Report on sanitation, dispensaries, and jails in Rajputana for 1920, and on vaccination for the year 1920-1921 - 1920-1921
Year: 1920
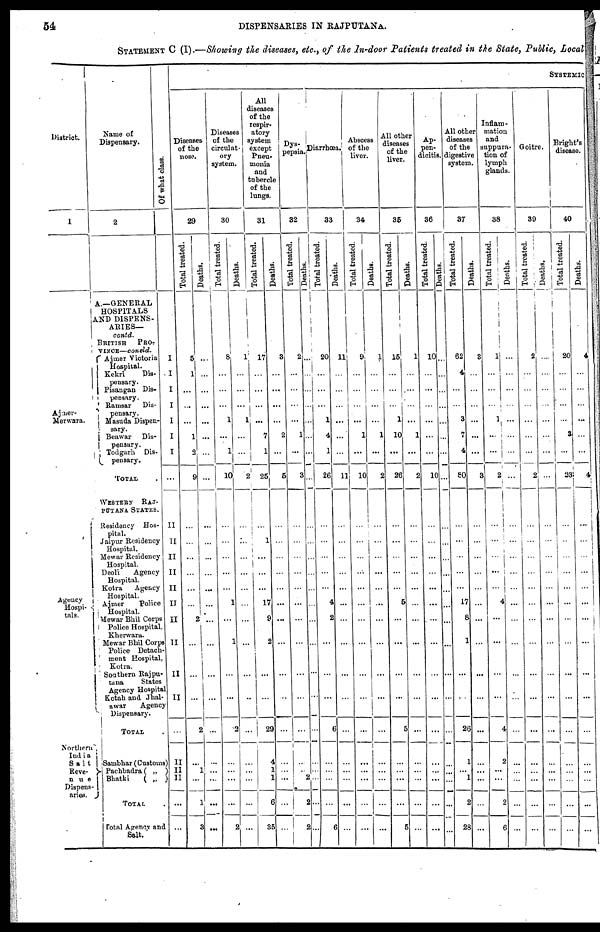
54
DISPENSARIES IN RAJPUTANA.
STATEMENT C (I).—Showing the diseases, etc., of the In-door Patients treated in the State, Public, Loca
District.
1
Ajmer¬
Merwara.
Agency
Hospi¬
tals.
Northern
India
Salt
Reve¬
nue
Dispens¬
aries.
Name of
Dispensary.
2
A.—GENERAL
HOSPITALS
AND DISPENS-
ARIES—
contd.
BRITISH
PRO¬
VINCE—concld.
Ajmer Victoria
Hospital.
Kekri
Dis¬
pensary.
Pisangan Dis¬
pensary.
Ramsar Dis¬
pensary.
Masuda Dispen¬
sary.
Beawar Dis¬
pensary.
Todgarh Dis¬
pensary.
TOTAL.
WESTERN
RAJ¬
PUTANA STATES.
Residency Hos-
pital.
Jaipur Residency
Hospital.
Mewar Residency
Hospital.
Deoli Agency
Hospital.
Kotra
Agency
Hospital.
Ajmer
Police
Hospital.
Mewar Bhil Corps
Police Hospital.
Kherwara.
Mewar Bhil Corps
Police Detach-
ment Hospital,
Kotra.
Southern Rajpu¬
tana
States
Agency Hospital
Kotah and Jhal¬
awar
Agency
Dispensary.
TOTAL
Sambhar (Customs)
Pachbadra ( „ )
Bhatki
( „ )
TOTAL .
Total Agency and
Salt.
Of what class.
I
I
I
I
I
I
I
...
II
II
II
II
II
II
II
II
II
II
...
II
II
II
...
...
SYSTEMIC
Diseases
of the
nose.
29
Total treated.
5
1
...
...
...
1
2
9
...
...
...
...
...
...
2
...
...
...
2
...
1
...
1
3
Deaths.
...
...
...
...
...
...
...
...
...
...
...
...
...
...
...
...
...
...
...
...
...
...
...
...
Diseases
of the
circulat-
ory
system.
30
Total treated.
8
...
...
...
...
...
1
10
...
...
...
...
...
1
...
1
...
...
2
...
...
...
...
2
Deaths.
1
...
...
...
1
...
...
2
...
...
...
...
...
...
...
...
...
...
...
...
...
...
...
...
All
diseases
of the
respir-
atory
system
except
Pneu-
monia
and
tubercle
of the
lungs.
31
Total treated.
17
...
...
1
...
7
1
25
...
1
...
...
...
17
9
2
...
...
29
4
1
1
6
35
Deaths.
3
...
...
...
...
2
...
5
...
...
...
...
...
...
...
...
...
...
...
...
...
...
...
...
Dys¬
pepsia
32
Total treated.
2
...
...
...
...
1
...
3
...
...
...
...
...
...
...
...
...
...
...
...
...
2
2
2
Deaths.
...
...
...
...
...
...
...
...
...
...
...
...
...
...
...
...
...
...
...
...
...
...
...
...
Diarrhœa
33
Total treated.
20
...
...
...
1
4
1
26
...
...
...
...
...
4
2
...
...
...
6
...
...
...
...
6
Deaths.
11
...
...
...
...
...
...
11
...
...
...
...
...
...
...
...
...
...
...
...
...
...
...
...
Abscess
of the
liver.
34
Total treated.
9
...
...
...
...
1
...
10
...
...
...
...
...
...
...
...
...
...
...
...
...
...
...
...
Deaths.
1
...
...
...
...
1
...
2
...
...
...
...
...
...
...
...
...
...
...
...
...
...
...
...
All other
diseases
of the
liver.
35
Total treated.
15
...
...
...
1
10
...
26
...
...
...
...
...
5
...
...
...
...
5
...
...
...
...
5
Deaths.
1
...
...
...
...
1
...
2
...
...
...
...
...
...
...
...
...
...
...
...
...
...
...
...
Ap¬
pen¬
dicitis.
36
Total treated.
10
...
...
...
...
...
...
10
...
...
...
...
...
...
...
...
...
...
...
...
...
...
...
...
Deaths.
...
...
...
...
...
...
...
...
...
...
...
...
...
...
...
...
...
...
...
...
...
...
...
...
All other
diseases
of the
digestive
system.
37
Total treated.
62
4
...
...
3
7
4
60
...
...
...
...
...
17
8
1
...
...
26
1
...
1
2
28
Deaths.
3
...
...
...
...
...
...
3
...
...
...
...
...
...
...
...
...
...
...
...
...
...
...
...
Inflam-
mation
and
suppura-
tion of
lymph
glands.
38
Total treated.
1
...
...
...
1
...
...
2
...
...
...
...
...
4
...
...
...
...
4
2
...
...
2
6
Deaths.
...
...
...
...
...
...
...
...
...
...
...
...
...
...
...
...
...
...
...
...
...
...
...
...
Goitre.
39
Total treated.
2
...
...
...
...
...
...
2
...
...
...
...
...
...
...
...
...
...
...
...
...
...
...
...
Deaths.
...
...
...
...
...
...
...
...
...
...
...
...
...
...
...
...
...
...
...
...
...
...
...
...
Bright's
disease.
40
Total treated.
20
...
...
...
...
3
...
23
...
...
...
...
...
...
...
...
...
...
...
...
...
...
...
...
Deaths.
4
...
...
...
...
...
...
41
...
...
..
...
..
...
..
...
...
...
...
...
...
...
...
...